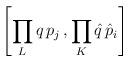
LaTeX: \begin{align*}\left [ \prod _{L} q \, p_{j} \, , \prod_{K} \hat{q} \, \hat{p}_{i} \right ]\end{align*}